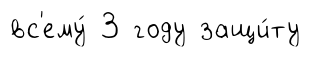
вс'ему́ 3 году защи́ту